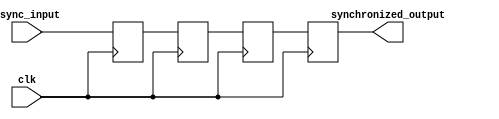
module cascade_sync(
    input wire async_input,       // asynchronous input signal
    input wire clk,               // system clock
    output reg synchronized_output // synchronized output signal
);

reg [3:0] stage1, stage2, stage3; // flip-flops for each stage

always @(posedge clk) begin
    stage1 <= async_input;
    stage2 <= stage1;
    stage3 <= stage2;
    synchronized_output <= stage3;
end

endmodule